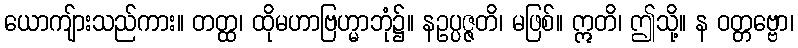
ယောကျ်ားသည်ကား။ တတ္ထ၊ ထိုမဟာဗြဟ္မာဘုံ၌။ နဥပ္ပဇ္ဇတိ၊ မဖြစ်။ ဣတိ၊ ဤသို့။ န ဝတ္တဗ္ဗော၊